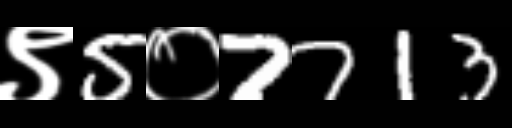
Text: ९5०7713